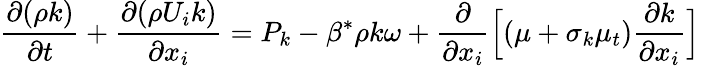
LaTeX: \frac{\partial(\rho{k})}{\partial t}+\frac{\partial(\rho{U_{i}}k)}{\partial x_{i}}=P_{k}-\beta^{*}\rho k\omega+\frac{\partial}{\partial x_{i}}\Big[(\mu+\sigma_{k}\mu_{t})\frac{\partial k}{\partial x_{i}}\Big]\,